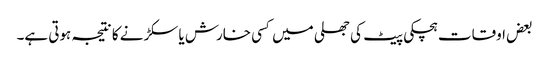
بعض اوقات ہچکی پیٹ کی جھلی میں کسی خارش یا سکڑنے کا نتیجہ ہوتی ہے۔